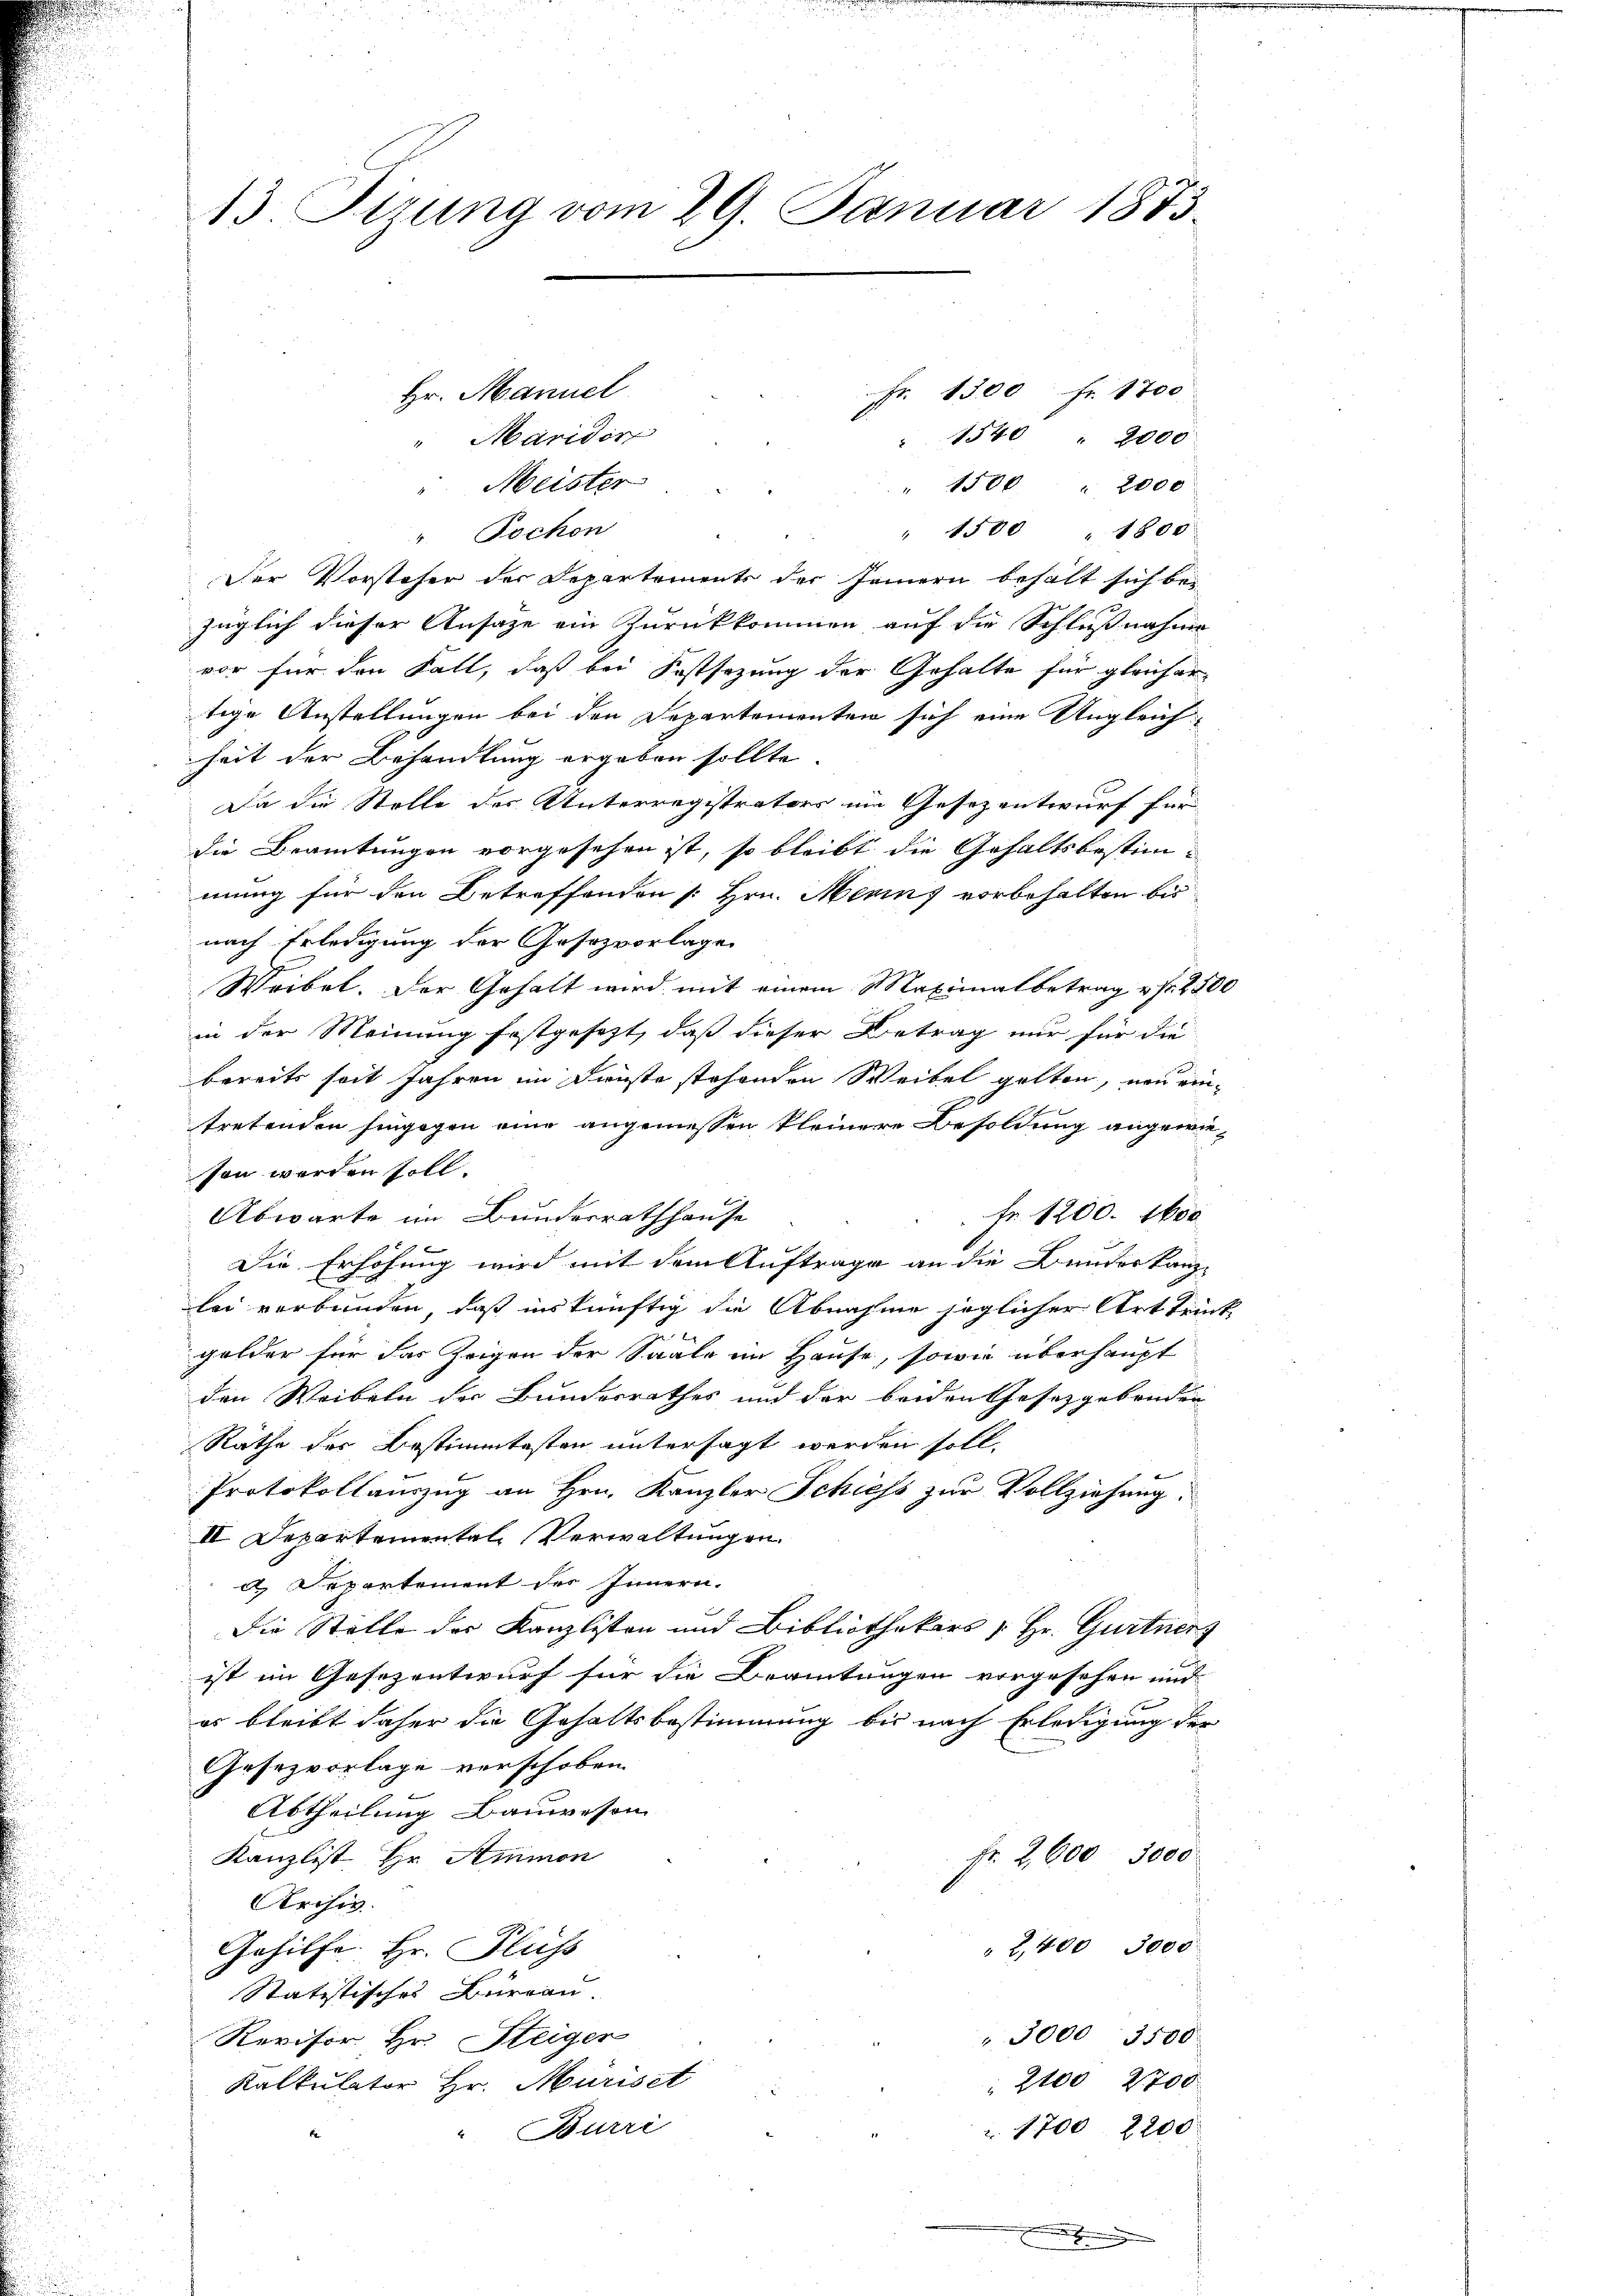
13. Fizung vom 29. Januar 1873

Fr. 1500 Fr. 1700
Hr. Manuel
"Märidor
" 1540 " 2000
" 1500 " 2000
" Meister
" 1500 " 1800
" Pochon
Der Vorsteher der Departements der Jennern behalt sich bei
züglich dieser Ansage ein Zurückkommen auf die Schlußnahme
vor für den Fall, daß bei Festsezung der Gehalte für gleicher-
tige Anstellungen bei den Departementen sich eine Ungleichheit der Behandlung ergaben sollte.
Da die Stelle des Unterregistrators im Gesezentwurf für
die Beamtungen vorgesehen ist, so bleibt die Gehaltsbestimmung für den Betreffenden [Hrn. Merins vorbehalten bis
nach Erledigung der Gesezvorlage
Weibel. Der Gehalt wird mit einem Maximalbetrag u. fr. 2500
in der Meinung festgesezt, daß dieser Betrag nur für die
bereits seit Jahren im Dienste stehenden Weibel gelten, von ein¬

tretenden hingegen eine angemessen kleinere Besoldung angewiesen werden soll.
Fr. 1200. 1600
Abwarte im Bunderrathhause
B
Die Erhöhung wird mit dem Auftrage an die Bundeskanz-
lei verbunden, daß inskünftig die Abnahme soglicher Art trink
golder für das Zeigen der Saale im Hause, sowie überhaupt
den Weibeln der Bundesrathes und der beiden Gesetzgebenden
Räthe der Bestimmtesten untersagt werden soll.
Protokollauszug an Hrn. Kanzler Schiess zur Vollziehung.
II. Departemental Verwaltungen.
d. Departement des Innern.
Die Stelle des Kanzlisten und Bibliothekars u. Hr. Gurtnerz
ist im Gesezentwurf für die Beamtungen vorgesehen und
es bleibt daher die Gehaltsbestimmung bis nach Erledigung der
Gesezvorlage verschoben
Abtheilung Bauwesen
Fr. 2,000. 3000.
Kanzlist Hr. Ammon
Archiv.
2,400 3000
Gehilfe. Hr. Fluss
Statistisches Burgau.
3000 3500
Revisor Hr. Steiger
2100 2700
Kalkulator Hr. Muriset
Z. 1700 2200.
Burri